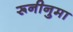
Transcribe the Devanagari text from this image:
रूनीनुमा